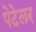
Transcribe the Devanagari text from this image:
पेटेलर